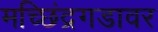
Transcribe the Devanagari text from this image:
मच्छिंद्रगडावर